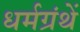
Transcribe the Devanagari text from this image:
धर्मग्रंथें